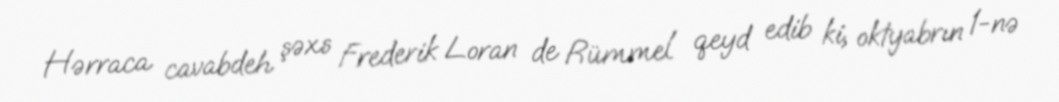
Hərraca cavabdeh şəxs Frederik Loran de Rümmel qeyd edib ki, oktyabrın 1-nə